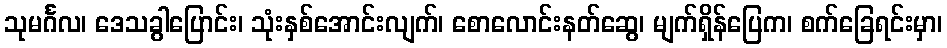
သုမင်္ဂလ၊ ဒေသခွါပြောင်း၊ သုံးနှစ်အောင်းလျက်၊ စောလောင်းနတ်ဆွေ၊ မျက်ရှိန်ပြေက၊ စက်ခြေရင်းမှာ၊